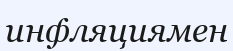
инфляциямен